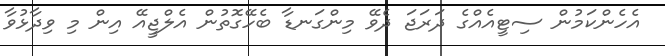
އެހެންކަމުން ސިޓީއެއްގެ ދަރަޖަ ދެވޭ މިންގަނޑާ ބެހޭގޮތުން އެލްޖީއޭ އިން މި ވިދާޅުވާ